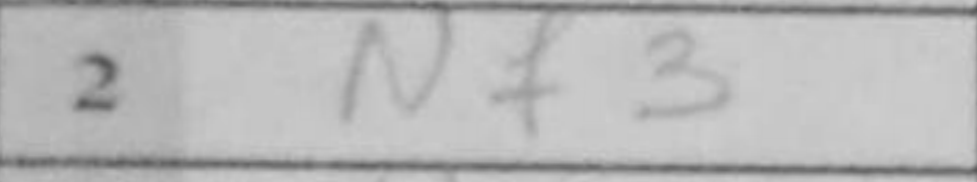
Transcription: Nf3